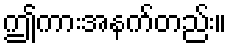
ဤကားအနက်တည်း။